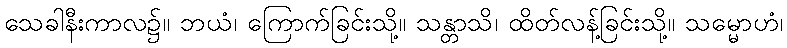
သေခါနီးကာလ၌။ ဘယံ၊ ကြောက်ခြင်းသို့။ သန္တာသိ၊ ထိတ်လန့်ခြင်းသို့။ သမ္မောဟံ၊